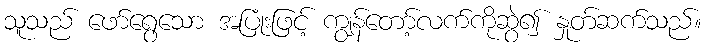
သူသည် ဖော်ရွေသော အပြုံးဖြင့် ကျွန်တော့်လက်ကိုဆွဲ၍ နှုတ်ဆက်သည်။